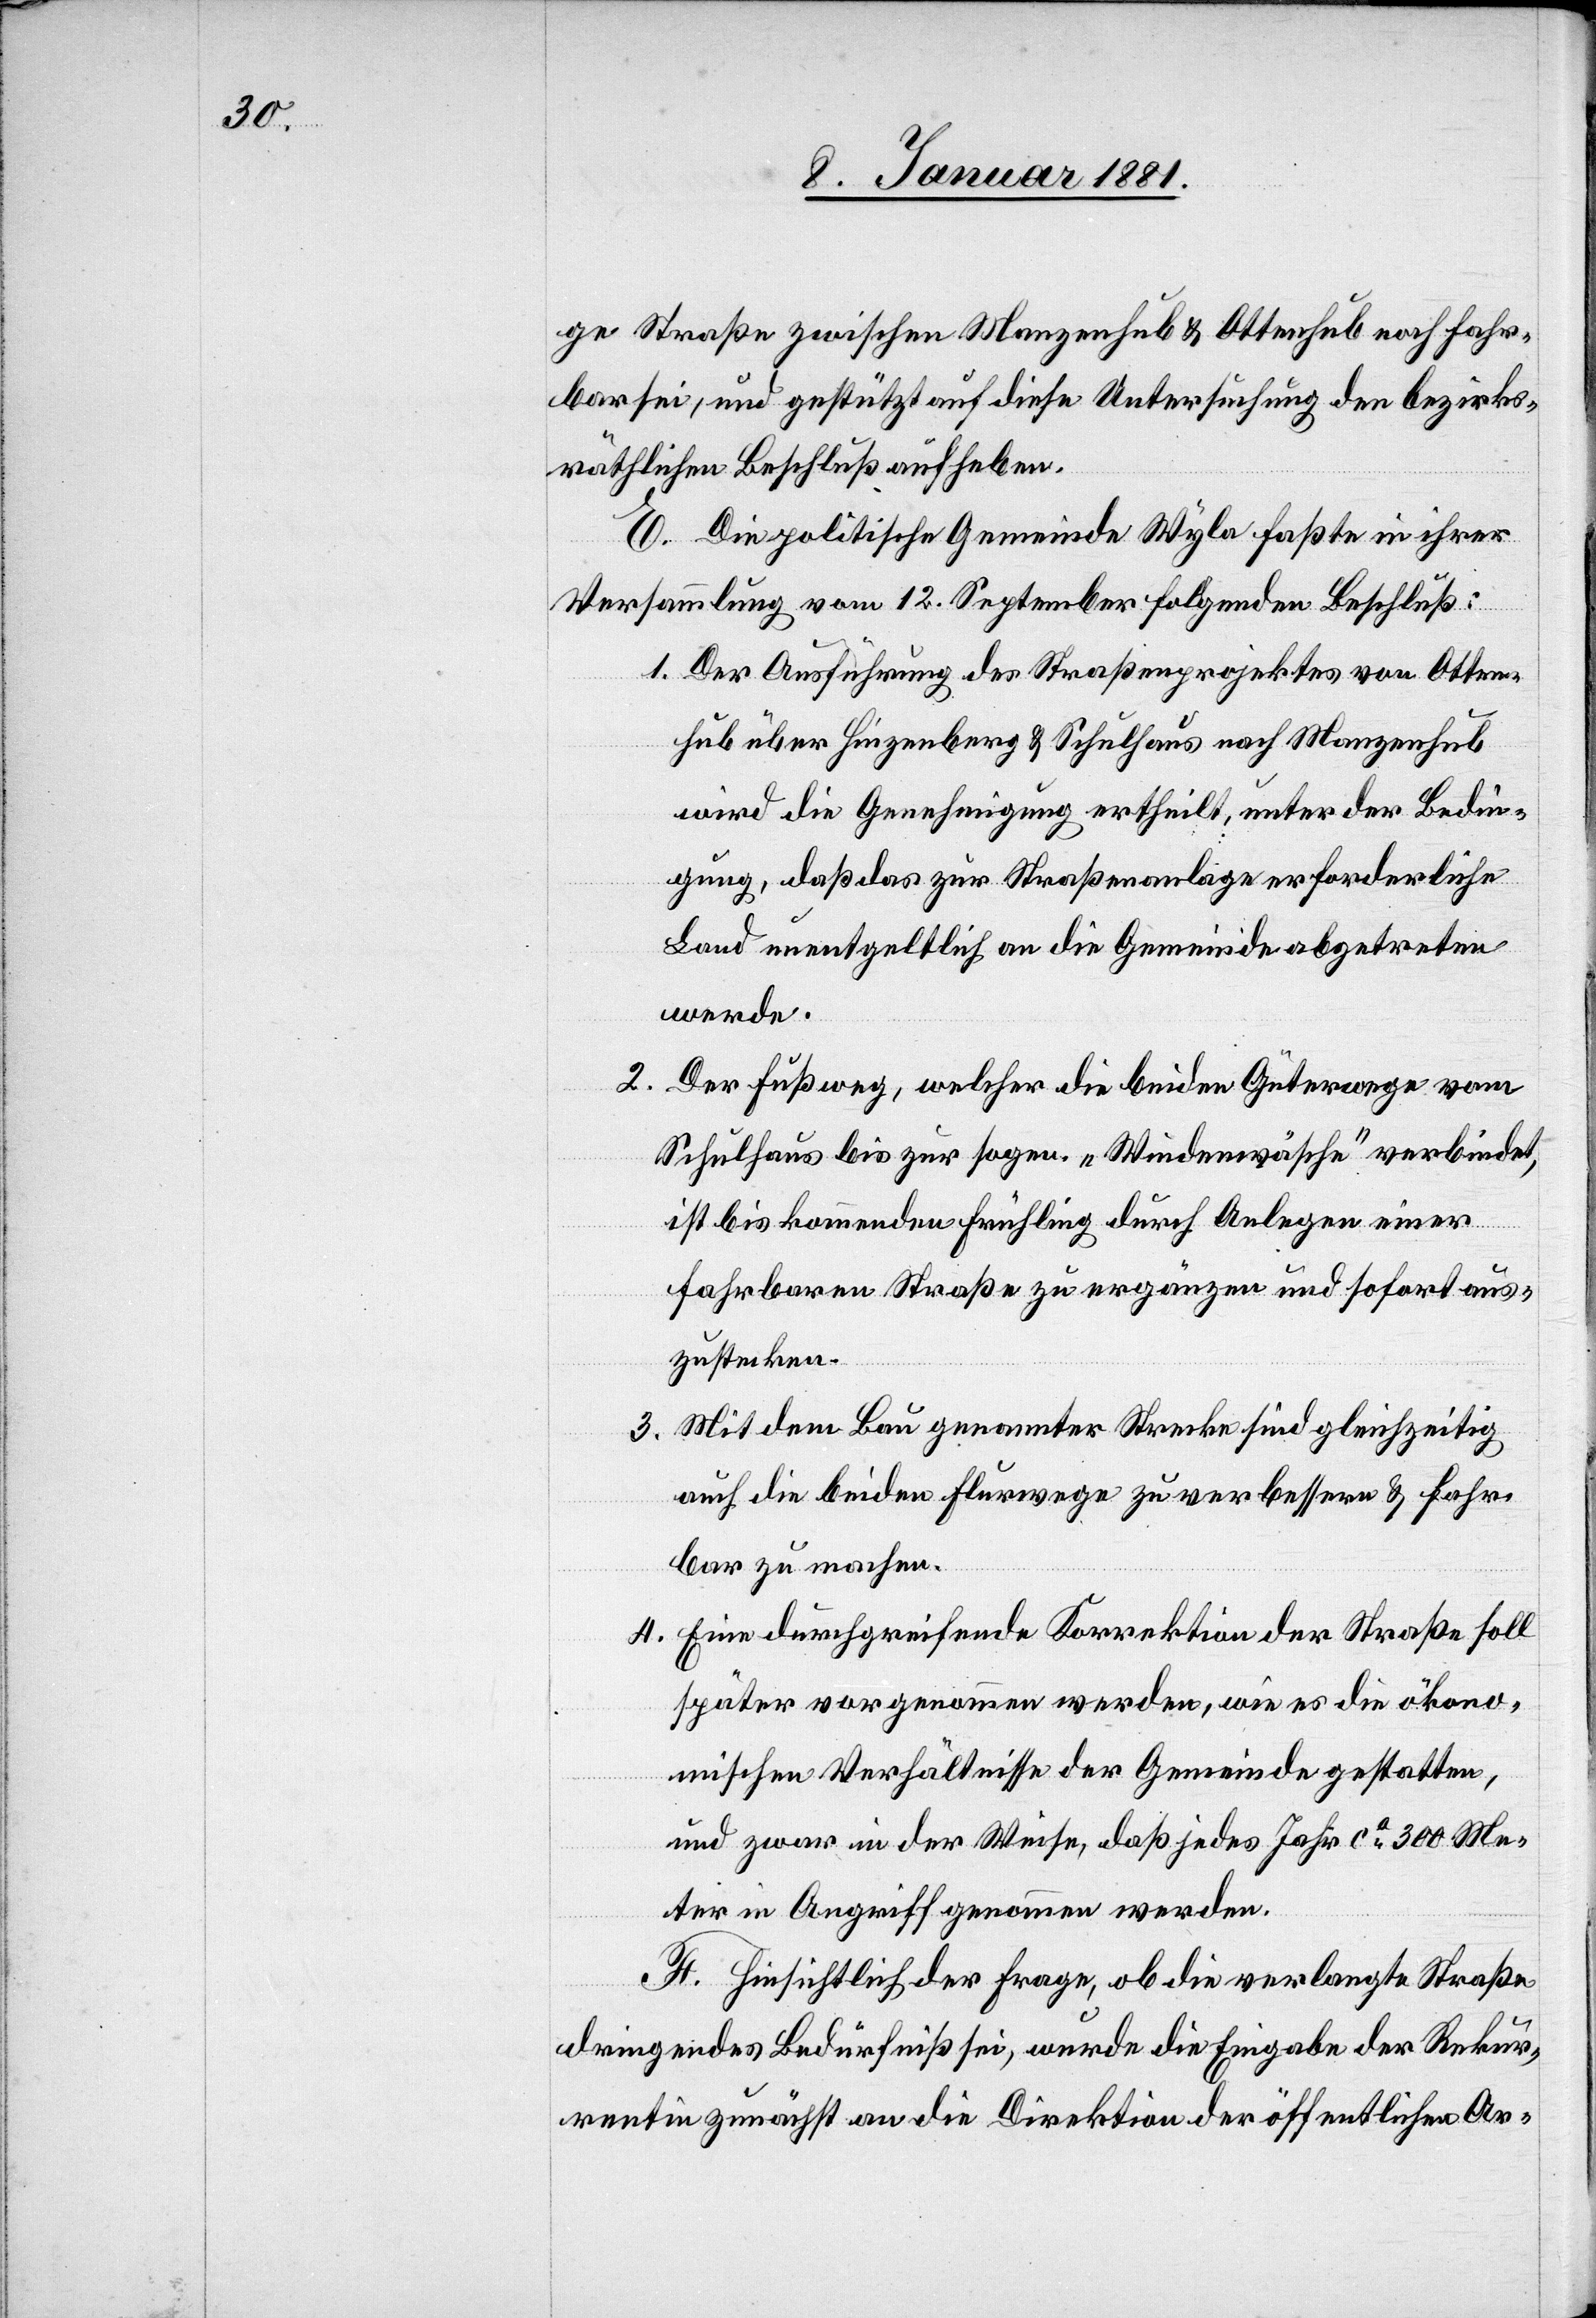
ge Straße zwischen Manzenhub & Ottenhub noch fahr¬
bar sei, und gestützt auf diese Untersuchung den bezirks¬
räthlichen Beschluß aufheben.
E. Die politische Gemeinde Wyla faßte in ihrer
Versammlung vom 12. September folgenden Beschluß:
1. Der Ausführung des Straßenprojektes von Otten¬
hub über Hinzenberg & Schulhaus nach Manzenhub
wird die Genehmigung ertheilt, unter der Bedin¬
gung, daß das zur Straßenanlage erforderliche
Land unentgeltlich an die Gemeinde abgetreten
werde.
2. Der Fußweg, welcher die beiden Güterwege vom
Schulhaus bis zur sogen. „Windenwäsche“ verbindet,
ist bis kommenden Frühling durch Anlegen einer
fahrbaren Straße zu ergänzen und sofort aus¬
zustecken.
3. Mit dem Bau genannter Strecke sind gleichzeitig
auch die beiden Flurwege zu verbessern & fahr¬
bar zu machen.
4. Eine durchgreifende Korrektion der Straße soll
später vorgenommen werden, wie es die ökono¬
mischen Verhältnisse der Gemeinde gestatten,
und zwar in der Weise, daß jedes Jahr ca 300 Me¬
ter in Angriff genommen werden.
F. Hinsichtlich der Frage, ob die verlangte Straße
dringendes Bedürfniß sei, wurde die Eingabe der Rekur¬
rentin zunächst an die Direktion der öffentlichen Ar-